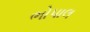
ભોપાલ